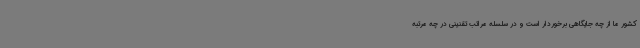
کشور ما از چه جایگاهی برخوردار است و در سلسله مراتب تقنینی در چه مرتبه